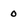
Character: 0